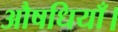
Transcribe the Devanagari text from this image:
औषधियाँ।